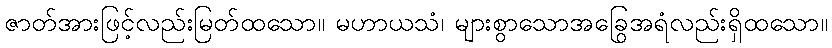
ဇာတ်အားဖြင့်လည်းမြတ်ထသော။ မဟာယသံ၊ များစွာသောအခြွေအရံလည်းရှိထသော။